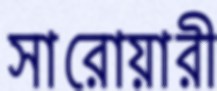
সারোয়ারী